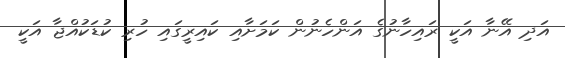
އަދި އޭނާ އަކީ ރައިހާނުގެ އަންހެނުން ކަމަށާއި ކައިރީގައި ހުރި ކުޑަކުއްޖާ އަކީ